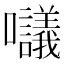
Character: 𡅷